Loodushoiu_ja_Turismi_Instituut, lk 61
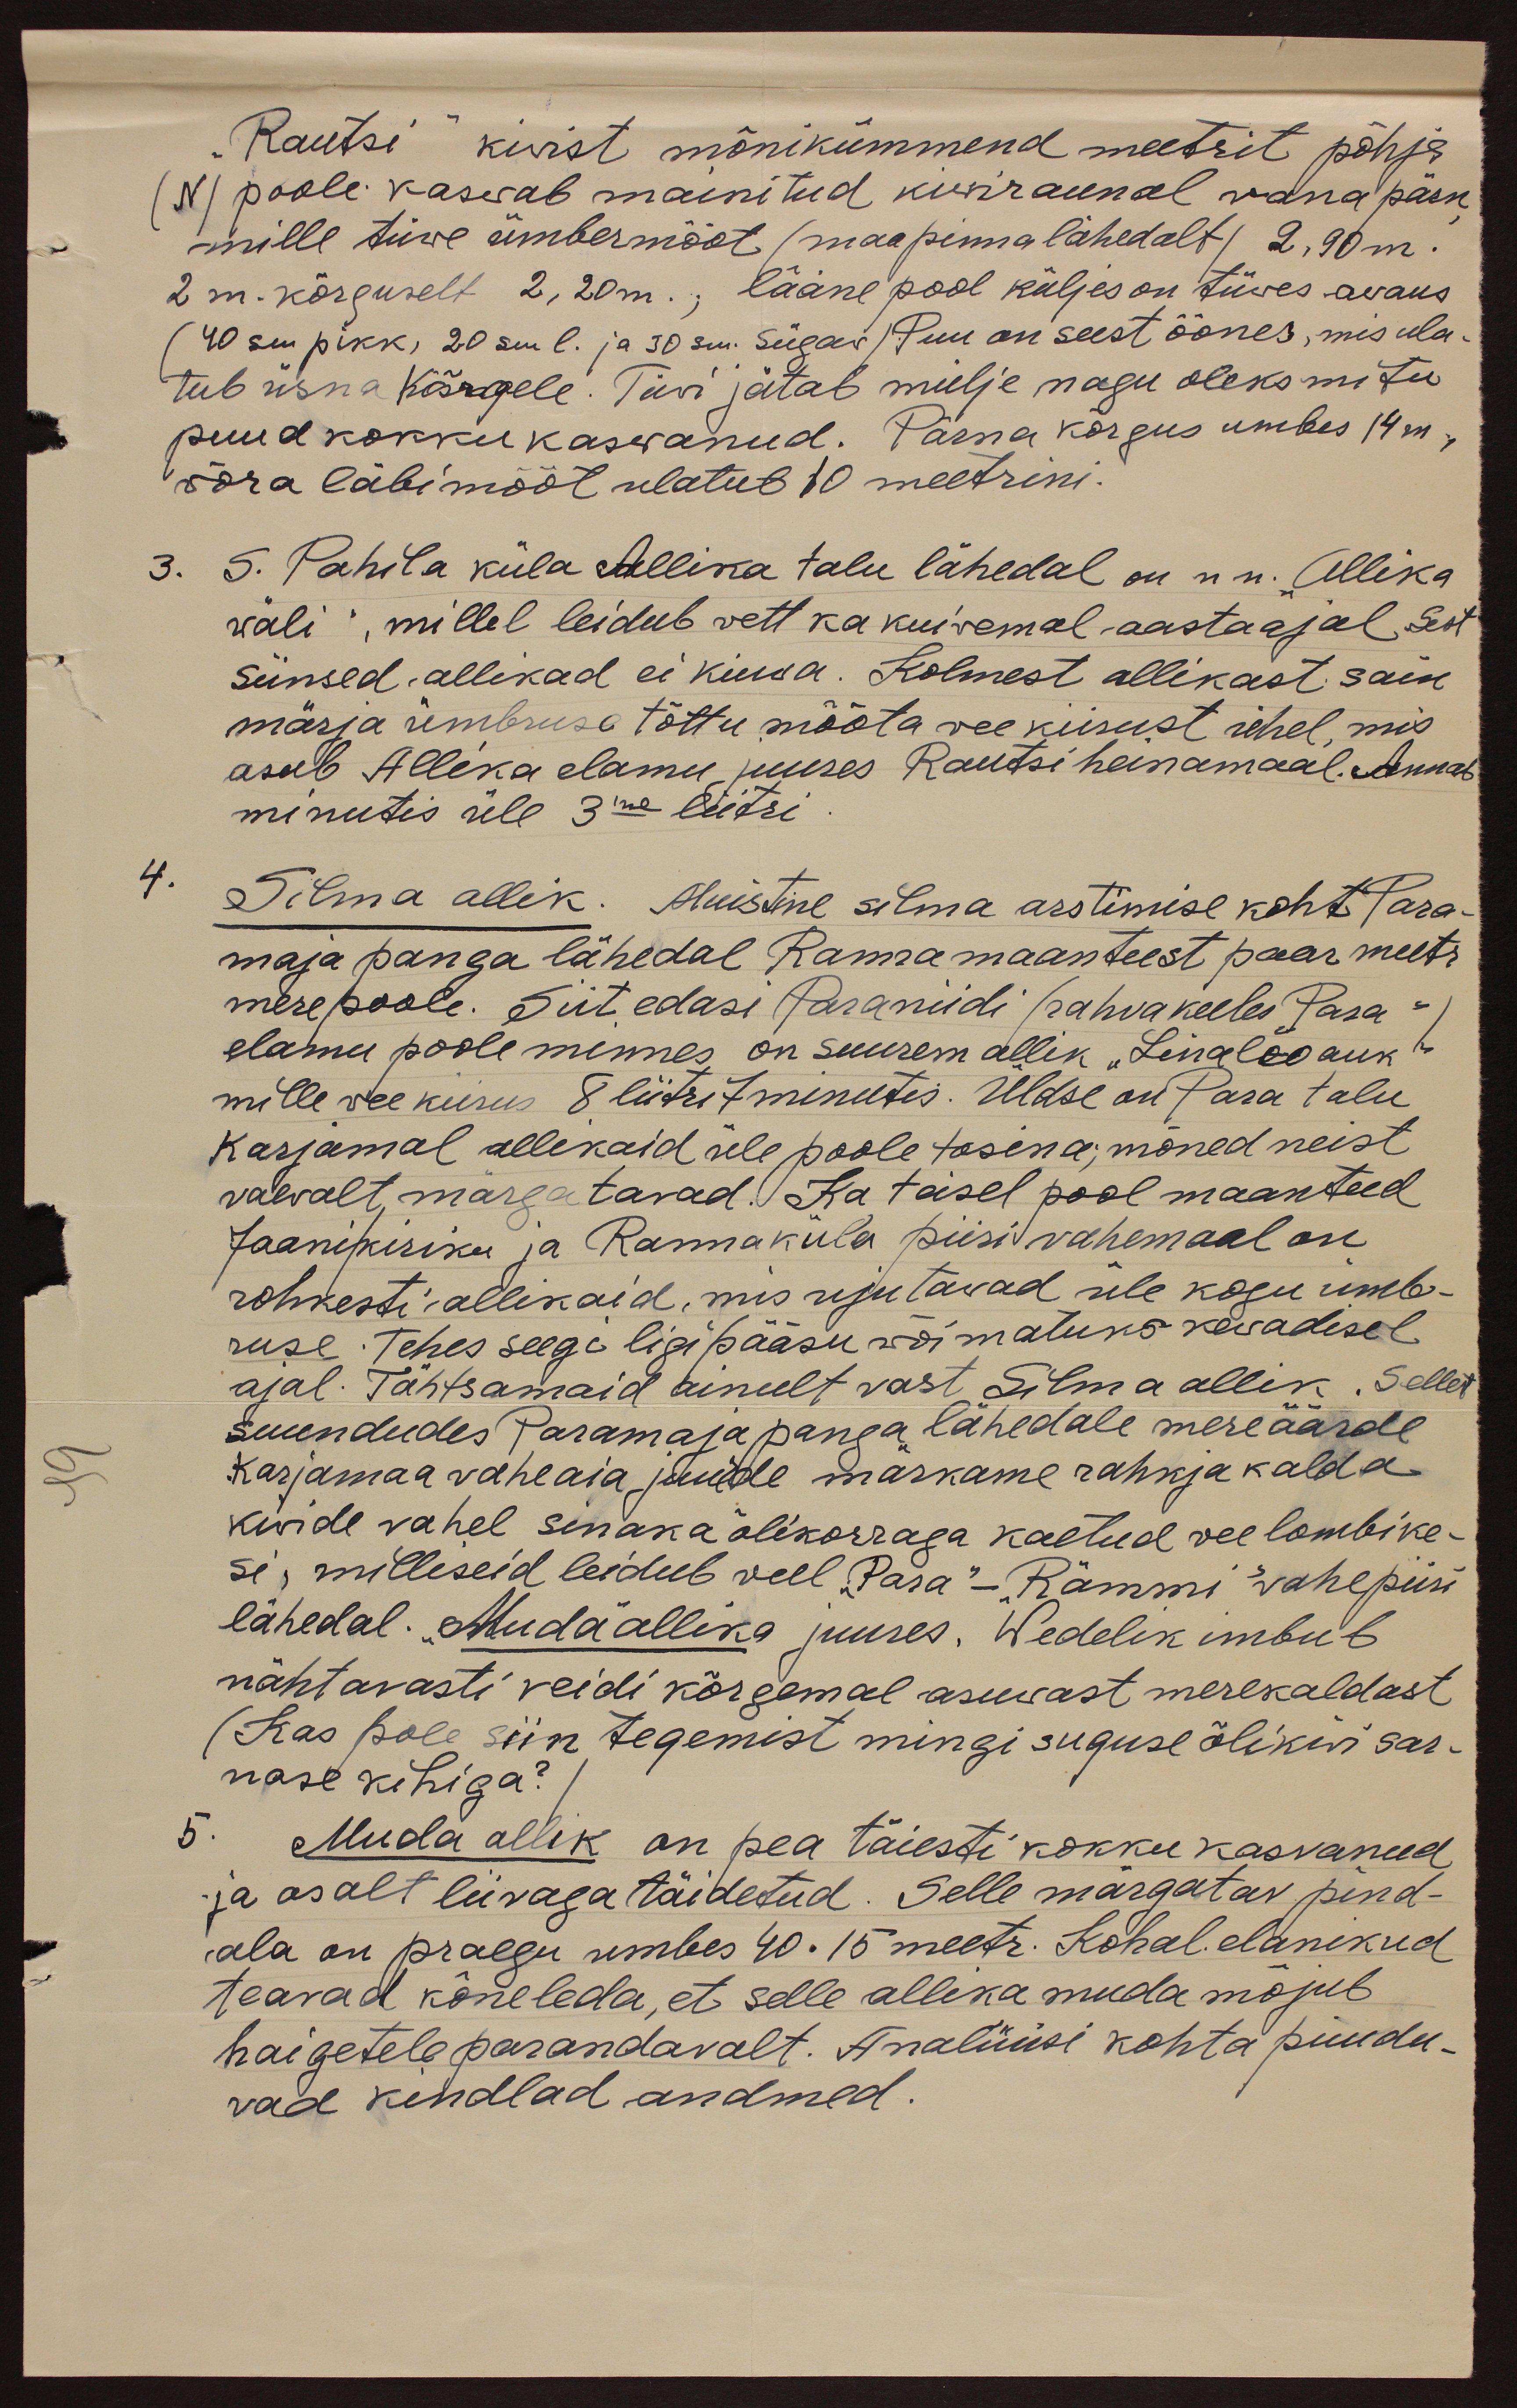
"Rautsi" kiwist mõnikümmend meetrit põhja
(N) poole kaswab mainitud kiwiraunal vana pärn
mille tüwe ümbermõõt (maapinna lähedalt) 2,90 m.
2 m. kõrguselt 2,20m., lääne pool küljes on tüwes avaus
(40 sm pikk, 20 sm l. ja 30 sm. sügav) Puu on seest õõnes, mis ula-
tub üsna kõrgele. Tüvi jätab mulje nagu oleks mitu
puud kokku kaswanud. Pärna kõrgus umbes 14 m.,
wõra läbimõõt ulatub 10 meetrini.
3. S. Pahila küla Allika talu lähedal on n.n. "Allika
wäli", millel leidub vett ka kuivemal aastaajal Sest
siinsed allikad ei kuiwa. Kolmest allikast sain
märja ümbruse tõttu mõõta vee kiirust ühel, mis
asub Allika elamu juures Rautsi heinamaal. Annab
minutis üle 3me liitri
4.
Silma allik. Muistine silma arstimise koht Para-
maja panga lähedal Ranna maanteest paar meetr
mere poole. Siit edasi Paraniidi (rahvakeeles "Para")
elamu poole minnes on suurem allik "Linaloo auk"
mille veekiirus 8 liitrit 7 minutis. Üldse on Para talu
karjamal allikaid üle poole tosina; mõned neist
vaevalt, märgatavad. Ka teisel pool maanteed
Jaanikiriku ja Rannaküla piiri vahemaal on
rohkesti allikaid, mis ujutavad üle kogu ümb-
ruse. Tehes seegi ligipääsu wõimatuks kewadisel
ajal. Tähtsamaid ainult vast Silma allik. Sellet
suundudes Paramaja panga lähedale mereäärde
Karjamaa vaheaia juurde märkame rahkja kalda
kivide vahel sinaka õlikorraga kaetud veelombike-
si, milliseid leidub veel "Para"-"Rämmi" vahepiiri
lähedal. "Muda" allika juures. Wedelik imbut
nähtavasti veidi kõrgemal asuvast merekaldast
(Kas pole siin tegemist mingi suguse õlikiwi sar-
nase kihiga?
5.
Muda allik on pea täiesti kokku kasvanud
ja osalt liivaga täidetud. Selle märgatav pind-
ala on praegu umbes 40∙15 meetr. Kohal elanikud
teavad kõneleda, et selle allika muda mõjub
haigetele parandavalt. Analüüsi kohta puudu-
vad kindlad andmed.